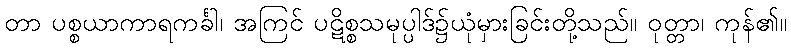
တာ ပစ္စယာကာရကင်္ခါ၊ အကြင် ပဋိစ္စသမုပ္ပါဒ်၌ယုံမှားခြင်းတို့သည်။ ဝုတ္တာ၊ ကုန်၏။